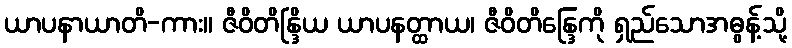
ယာပနာယာတိ-ကား။ ဇီဝိတိန္ဒြိယ ယာပနတ္ထာယ၊ ဇီဝိတိန္ဒြေကို ရှည်သောအဓွန့်သို့